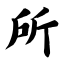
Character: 所